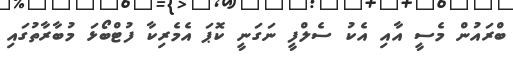
ބްރައުން މެސީ އާއި އެކު ސެލްފީ ނަގަނީ ކޮޕަ އެމެރިކާ ފުޓްބޯޅަ މުބާރާތުގައި